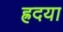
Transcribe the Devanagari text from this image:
ह्रदया